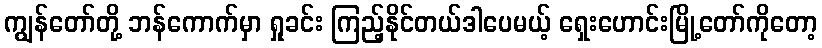
ကျွန်တော်တို့ ဘန်ကောက်မှာ ရှုခင်း ကြည့်နိုင်တယ်ဒါပေမယ့် ရှေးဟောင်းမြို့တော်ကိုတော့